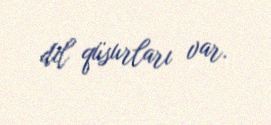
dil qüsurları var.